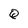
Character: Q